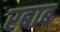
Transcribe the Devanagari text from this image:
रबाब